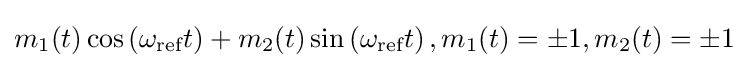
m_{1}(t)\cos \left(\omega _{\text{ref}}t\right)+m_{2}(t)\sin \left(\omega _{\text{ref}}t\right),m_{1}(t)=\pm 1,m_{2}(t)=\pm 1